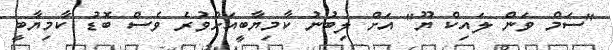
"ސަމް ވަން ލައިކް ޔޫ" އަށް ލިބުނު ކާމިޔާބީއަށްވުރެ ވެސް ބޮޑު ކާމިޔާބީ